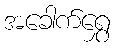
အခေါက်ရွှေ